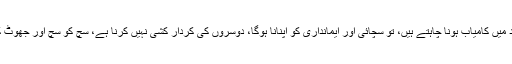
جب آپ اپنے مقصد میں کامیاب ہونا چاہتے ہیں، تو سچائی اور ایمانداری کو اپنانا ہوگا، دوسروں کی کردار کشی نہیں کرنا ہے، سچ کو سچ اور جھوٹ کو جھوٹ کہنا ہے۔